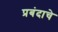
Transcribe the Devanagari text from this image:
प्रबंदाचे